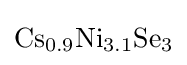
{\ce {Cs}}_{0.9}{\ce {Ni}}_{3.1}{\ce {Se3}}